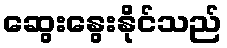
ဆွေးနွေးနိုင်သည်